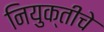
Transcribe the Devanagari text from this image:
नियुक्तीचे